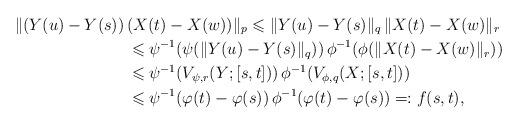
LaTeX: \begin{align*}\|(Y(u)-Y(s))\,&(X(t)-X(w))\|_p\leqslant \|Y(u)-Y(s)\|_q\,\|X(t)-X(w)\|_r\\&\leqslant \psi^{-1}(\psi(\|Y(u)-Y(s)\|_q))\,\phi^{-1}(\phi(\|X(t)-X(w)\|_r))\\&\leqslant \psi^{-1}(V_{\psi,r}( Y;[s,t]))\,\phi^{-1}(V_{\phi,q}( X;[s,t]) )\\&\leqslant \psi^{-1}(\varphi(t)-\varphi(s))\,\phi^{-1}(\varphi(t)-\varphi(s))=:f(s,t),\end{align*}